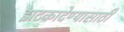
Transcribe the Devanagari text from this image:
झटकादेण्यासाठी